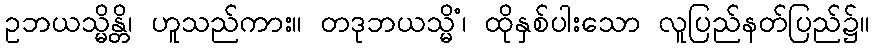
ဥဘယသ္မိန္တိ၊ ဟူသည်ကား။ တဒုဘယသ္မိံ၊ ထိုနှစ်ပါးသော လူပြည်နတ်ပြည်၌။